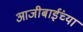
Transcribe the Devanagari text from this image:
आजीबाईंच्या